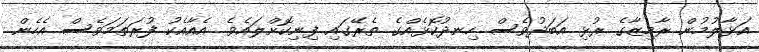
އަޅާލުމުން ރާމިޒާގެ ރުޅި އަބަދުވެސް ހިނދުކޮޅެއްގެ ތެރޭގައި ފިނިކޮށްލައެވެ. އެއާއެކު ފުރަތަމަވެސް އެހެން